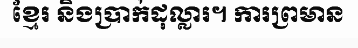
ខ្មែរ និងប្រាក់ដុល្លារ។ ការព្រមាន